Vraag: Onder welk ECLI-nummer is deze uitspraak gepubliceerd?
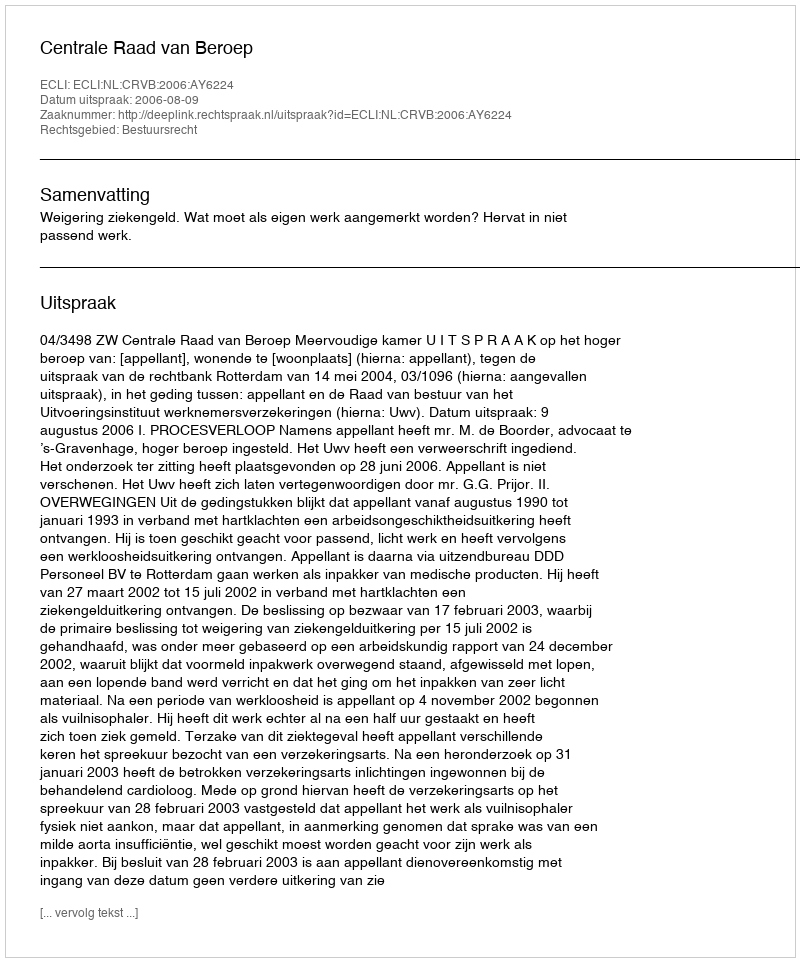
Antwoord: ECLI:NL:CRVB:2006:AY6224